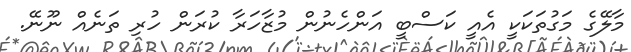
މާލޭގެ މަގުތަކަކީ އެއީ ކަސްބީ އަންހެނުން މުޒާހަރާ ކުރަން ހުރި ތަނެއް ނޫނޭ.